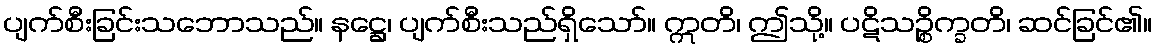
ပျက်စီးခြင်းသဘောသည်။ နဋ္ဌေ၊ ပျက်စီးသည်ရှိသော်။ ဣတိ၊ ဤသို့။ ပဋိသဉ္စိက္ခတိ၊ ဆင်ခြင်၏။